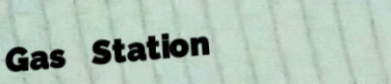
Gas Station